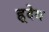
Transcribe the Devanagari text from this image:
ह्र्देय